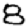
Digit: 8